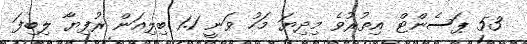
53 ޕަސެންޓް އިތުރުވެ މިދިޔަ މަހު ވަނީ 1.1 ބިލިއަން ރުފިޔާ ލިބިފަ